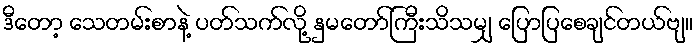
ဒီတော့ သေတမ်းစာနဲ့ ပတ်သက်လို့ နှမတော်ကြီးသိသမျှ ပြောပြစေချင်တယ်ဗျ။